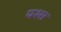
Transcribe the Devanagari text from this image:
यश्स